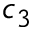
c _ { 3 }